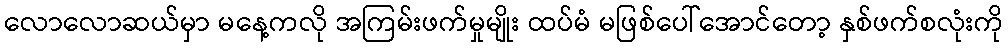
လောလောဆယ်မှာ မနေ့ကလို အကြမ်းဖက်မှုမျိုး ထပ်မံ မဖြစ်ပေါ်အောင်တော့ နှစ်ဖက်စလုံးကို